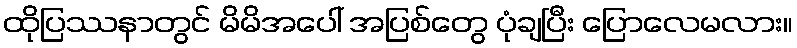
ထိုပြဿနာတွင် မိမိအပေါ် အပြစ်တွေ ပုံချပြီး ပြောလေမလား။